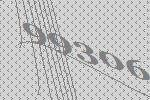
99306